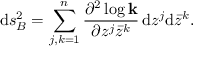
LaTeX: \mathrm { d } s _ { B } ^ { 2 } = \sum _ { j , k = 1 } ^ { n } { \frac { \partial ^ { 2 } \log { \bf k } } { \partial z ^ { j } \bar { z } ^ { k } } } \, \mathrm { d } z ^ { j } \mathrm { d } \bar { z } ^ { k } .